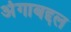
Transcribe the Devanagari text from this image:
अंगाबद्दल